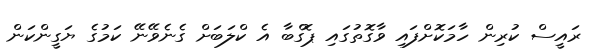
ރައީސް ކުރިން ހާމަކޮށްފައި ވާގޮތުގައި ޕޮގްބާ އެ ކްލަބަށް ގެނެވޭނޭ ކަމުގެ ޔަގީންކަން